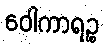
ဝေါကာရဉ္စ